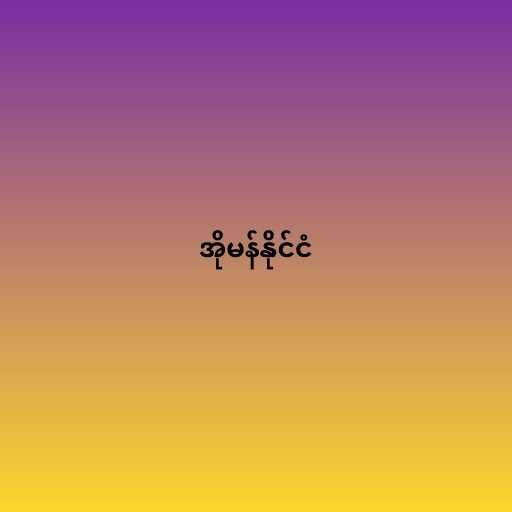
အိုမန်နိုင်ငံ